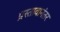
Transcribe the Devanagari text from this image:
प्रस्तावानंतर